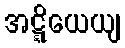
အဋ္ဋိယေယျ